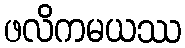
ဖလိကမယဿ